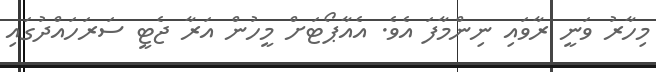
މިހާރު ވަނީ ރާވައި ނިންމާފަ އެވެ. އެއާޕޯޓަށް މީހުން އަރާ ޖެޓީ ސަރަހައްދުގައި